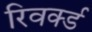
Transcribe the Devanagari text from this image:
रिवर्क्ड